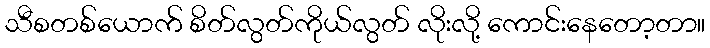
သီစတစ်ယောက် စိတ်လွတ်ကိုယ်လွတ် လိုးလို့ ကောင်းနေတော့တာ။